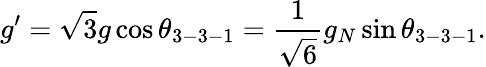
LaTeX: g^{\prime}=\sqrt{3}g\cos\theta_{3-3-1}=\frac{1}{\sqrt{6}}g_{N}\sin\theta_{3-3-1}.